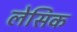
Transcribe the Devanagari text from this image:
लेसिक